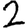
Digit: 2